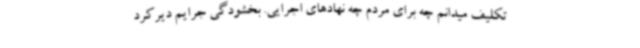
تکلیف میدانم چه برای مردم چه نهادهای اجرایی. بخشودگی جرایم دیرکرد